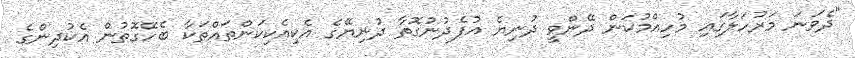
"ދެވަނަ މަރުހަލާގައި މުހިއްމުކަން ދޭންވީ ދުނިޔެ އުފެދުނުގޮތާ ދުނިޔޭގެ އެކިއެކިކަންތައްތަކާ ބެހޭގޮތުން އެކުދިންގެ